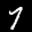
Label: 7